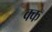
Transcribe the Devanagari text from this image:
क्क